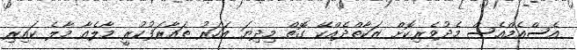
އެސްއެމްއެސް މެދުވެރިކޮށް ޒަކާތްދެއްކޭ ގޮތް މިދިޔަ އަހަރު ތައާރަފުކުރީ މާލެއާ މާލެ ކައިރި